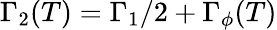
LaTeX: \Gamma_{2}(T)=\Gamma_{1}/2+\Gamma_{\phi}(T)